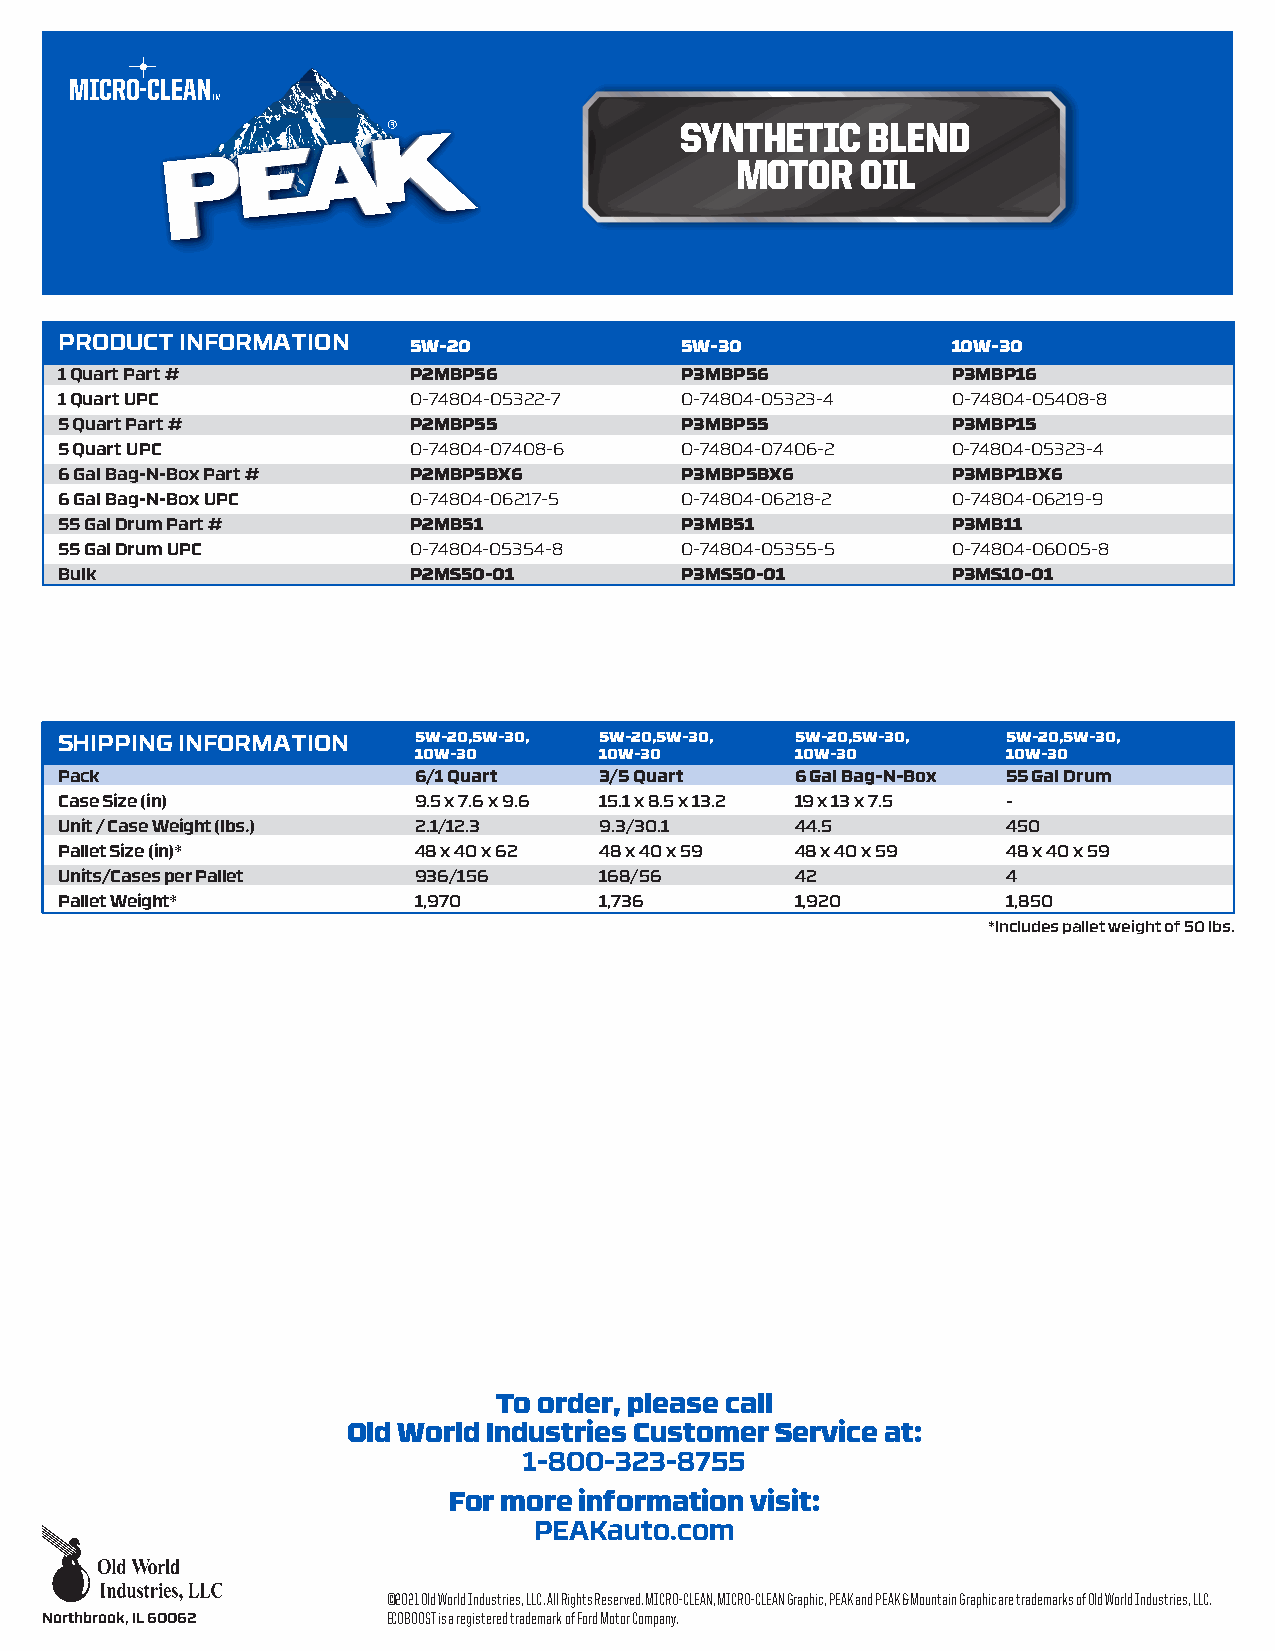
MICRO-CLEAN
 SYNTHETIC   BLEND
 MOTOR   OIL
 PRODUCT INFORMATION    5W-20             5W-30             10W-30
 1 Quart Part #         P2MBP56           P3MBP56           P3MBP16
 1 Quart UPC            0-74804-05322-7   0-74804-05323-4   0-74804-05408-8
 5 Quart Part #         P2MBP55           P3MBP55           P3MBP15
 5 Quart UPC            0-74804-07408-6   0-74804-07406-2   0-74804-05323-4
 6 Gal Bag-N-Box Part # P2MBP5BX6         P3MBP5BX6         P3MBP1BX6
 6 Gal Bag-N-Box UPC    0-74804-06217-5   0-74804-06218-2   0-74804-06219-9
 55 Gal Drum Part #     P2MB51            P3MB51            P3MB11
 55 Gal Drum UPC        0-74804-05354-8   0-74804-05355-5   0-74804-06005-8
 Bulk                   P2MS50-01         P3MS50-01         P3MS10-01
 SHIPPING INFORMATION   5W-20,5W-30, 5W-20,5W-30, 5W-20,5W-30,  5W-20,5W-30,
 10W-30       10W-30       10W-30        10W-30
 Pack                   6/1 Quart    3/5 Quart    6 Gal Bag-N-Box 55 Gal Drum
 Case Size (in)         9.5 x 7.6 x 9.6 15.1 x 8.5 x 13.2 19 x 13 x 7.5 -
 Unit / Case Weight (lbs.) 2.1/12.3  9.3/30.1     44.5          450
 Pallet Size (in)*      48 x 40 x 62 48 x 40 x 59 48 x 40 x 59  48 x 40 x 59
 Units/Cases per Pallet 936/156      168/56       42            4
 Pallet Weight*         1,970        1,736        1,920         1,850
 *Includes pallet weight of 50 lbs.
 To order, please call
 Old World Industries Customer Service at:
 1-800-323-8755
 For more information visit:
 PEAKauto.com
 ©2021 Old World Industries, LLC. All Rights Reserved. MICRO-CLEAN, MICRO-CLEAN Graphic, PEAK and PEAK & Mountain Graphic are trademarks of Old World Industries, LLC.
 Northbrook, IL 60062   ECOBOOST is a registered trademark of Ford Motor Company.